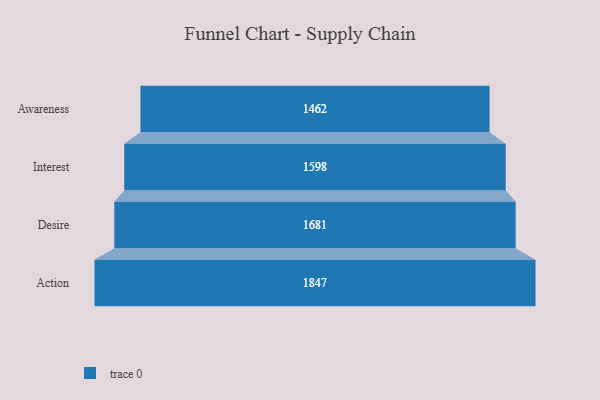
{"axis": {"x": "Stage", "y": "Value"}, "legend": [""], "data": [{"x": "Awareness", "y": 1462.0, "type": ""}, {"x": "Interest", "y": 1598.0, "type": ""}, {"x": "Desire", "y": 1681.0, "type": ""}, {"x": "Action", "y": 1847.0, "type": ""}]}